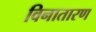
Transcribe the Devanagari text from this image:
विनातारण